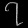
Digit: ၇